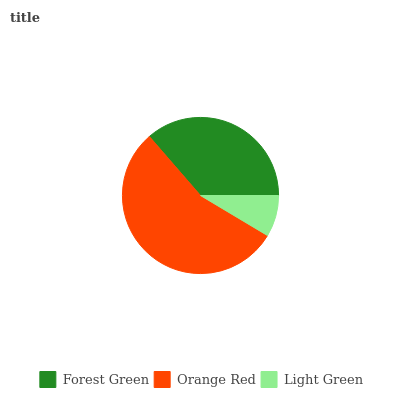
| Forest Green | Orange Red | Light Green |
 | --- | --- | --- |
 | 36.4% | 55% | 8.57% |